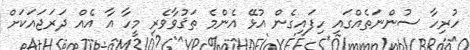
ހުރިހާ ސުންނަތެއްގައި ހިފައިގެން އުޅޭ އެންމެ ތަޤުވާވެރި މީހާ އާ އެއް ދަރަޖައަކަށް